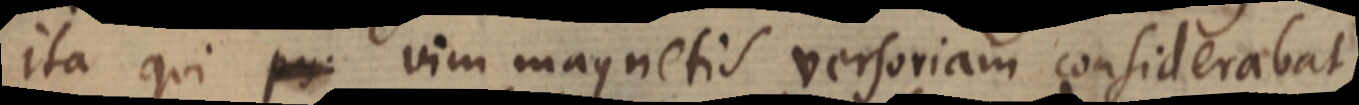
ita qui py: vim magnetis versoriam considerabat,